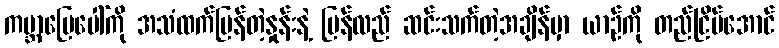
ကမ္ဘာမြေပေါ်ကို အသံထက်မြန်တဲ့နှုန်းနဲ့ ပြန်လည် ဆင်းသက်တဲ့အချိန်မှာ ယာဉ်ကို တည်ငြိမ်အောင်